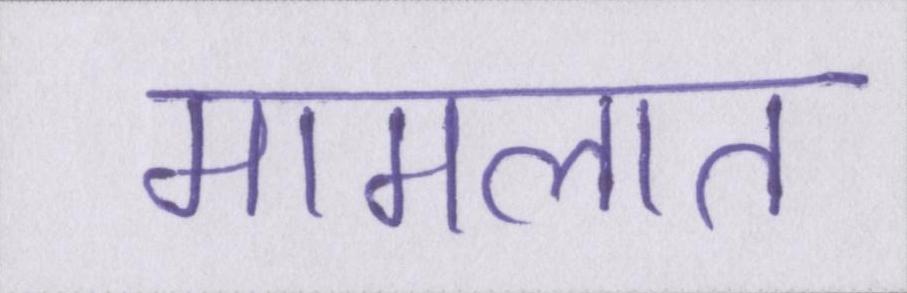
मामलात